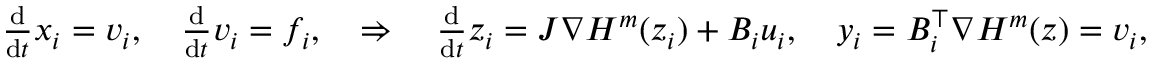
\begin{array} { r } { \frac { \mathrm d } { \mathrm d t } x _ { i } = v _ { i } , \quad \frac { \mathrm d } { \mathrm d t } v _ { i } = f _ { i } , \quad \Rightarrow \quad \frac { \mathrm d } { \mathrm d t } z _ { i } = J \nabla H ^ { m } ( z _ { i } ) + B _ { i } u _ { i } , \quad y _ { i } = B _ { i } ^ { \top } \nabla H ^ { m } ( z ) = v _ { i } , } \end{array}